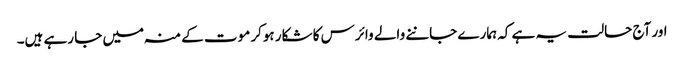
اور آج حالت یہ ہے کہ ہمارے جاننے والے وائرس کا شکار ہوکر موت کے منہ میں جا رہے ہیں۔